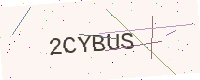
Text: 2CYBUS